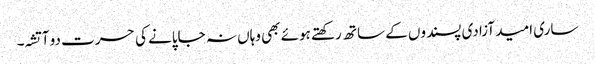
ساری امید آزادی پسندوں کے ساتھ رکھتے ہوئے بھی وہاں نہ جاپانے کی حسرت دو آتشہ۔